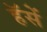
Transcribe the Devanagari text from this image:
हॅसें